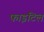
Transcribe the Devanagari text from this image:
फाइटिल